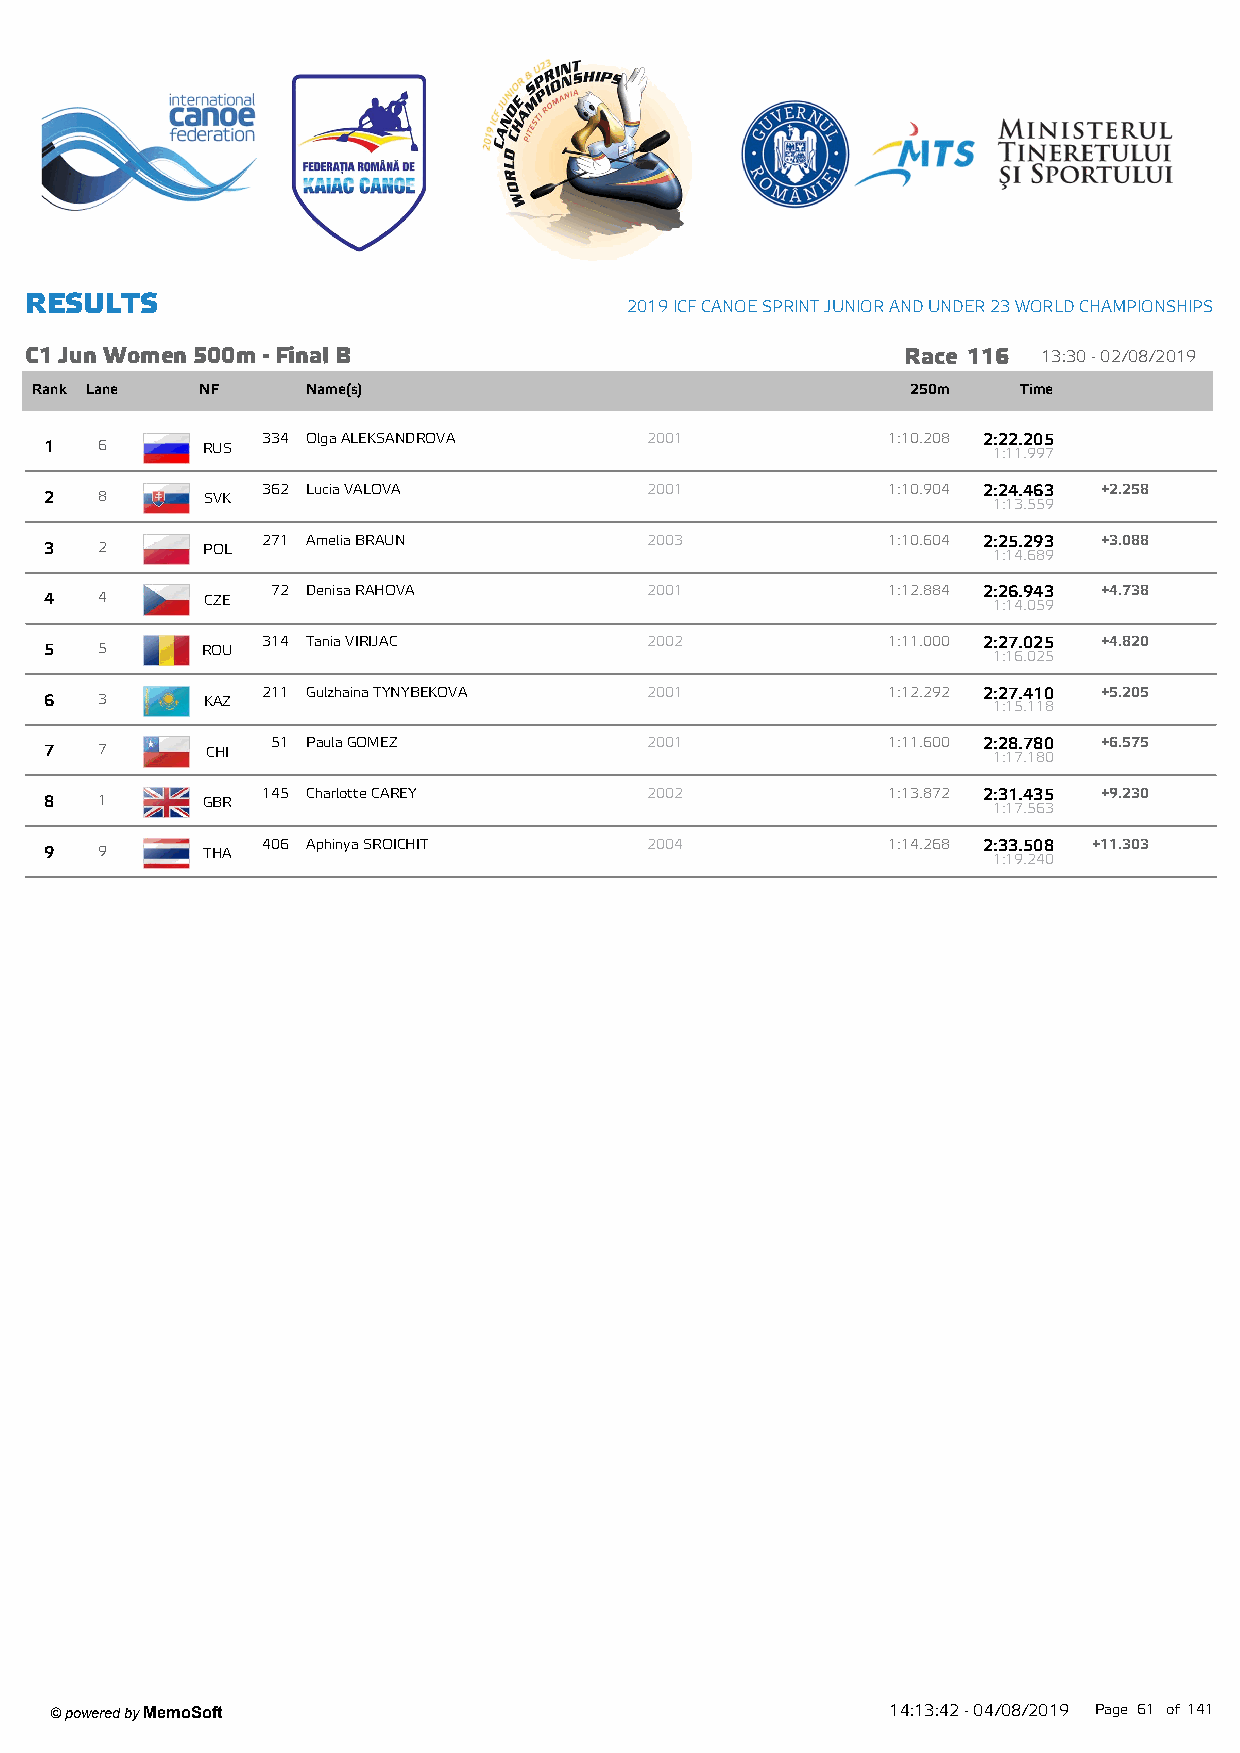
R ESU LTS
 2019 ICF CANOE SPRINT JUNIOR AND UNDER 23 W ORLD CHAMPIONSHIPS
 C1 Jun W om en 500m - Final B                             Race 116 13:30 - 02/08/2019
 Rank Lane  NF     Name(s)                                 250m    Time
 334 Olga ALEKSANDROVA     2001            1:10.208 2:22.205
 1  6      RUS                                                  1:11.997
 362 Lucia VALOVA          2001            1:10.904 2:24.463 +2.258
 2  8      SVK                                                  1:13.559
 271 Amelia BRAUN          2003            1:10.604 2:25.293 +3.088
 3  2      POL                                                  1:14.689
 72 Denisa RAHOVA         2001            1:12.884 2:26.943 +4.738
 4  4       CZE                                                 1:14.059
 314 Tania VIRIJAC         2002            1:11.000 2:27.025 +4.820
 5  5      ROU                                                  1:16.025
 211 Gulzhaina TYNYBEKOVA  2001            1:12.292 2:27.410 +5.205
 6  3      KAZ                                                  1:15.118
 51 Paula GOMEZ           2001            1:11.600 2:28.780 +6.575
 7  7       CHI                                                 1:17.180
 145 Charlotte CAREY       2002            1:13.872 2:31.435 +9.230
 8  1      GBR                                                  1:17.563
 406 Aphinya SROICHIT      2004            1:14.268 2:33.508 +11.303
 9  9      THA                                                  1:19.240
 ' powered by MemoSoft                                   14:13:42 - 04/08/2019 Page 61 of141